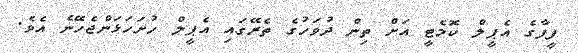
ފީފާގެ އެޕީލް ކޮމެޓީ އަށް ތިން ދުވަހުގެ ތެރޭގައި އެޕީލް ހުށަހަޅަންޖެހޭނެ އެވެ.